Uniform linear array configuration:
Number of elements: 16
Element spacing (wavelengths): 0.75
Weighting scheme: kaiser
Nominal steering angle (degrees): -45
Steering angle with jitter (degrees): -45.453
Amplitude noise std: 0.05
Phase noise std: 0.05

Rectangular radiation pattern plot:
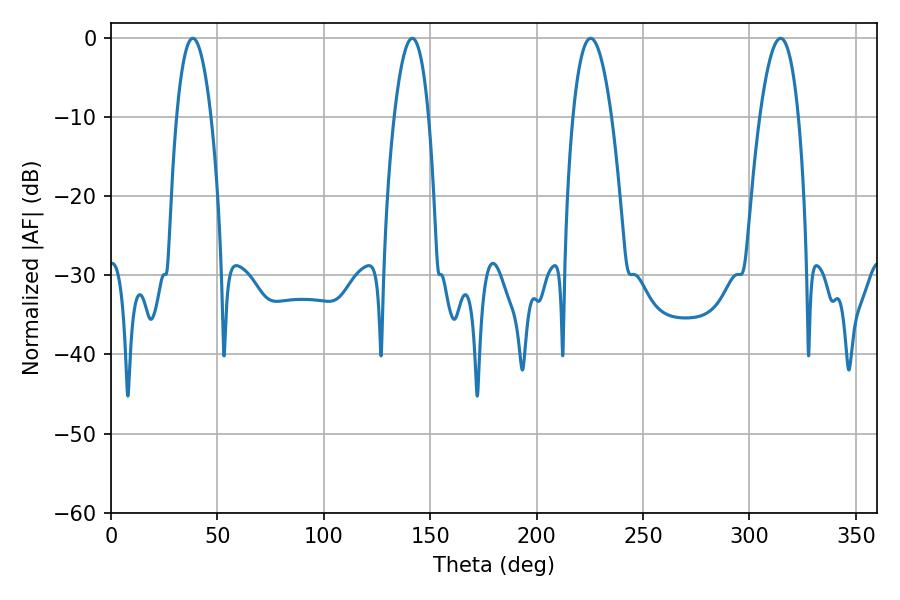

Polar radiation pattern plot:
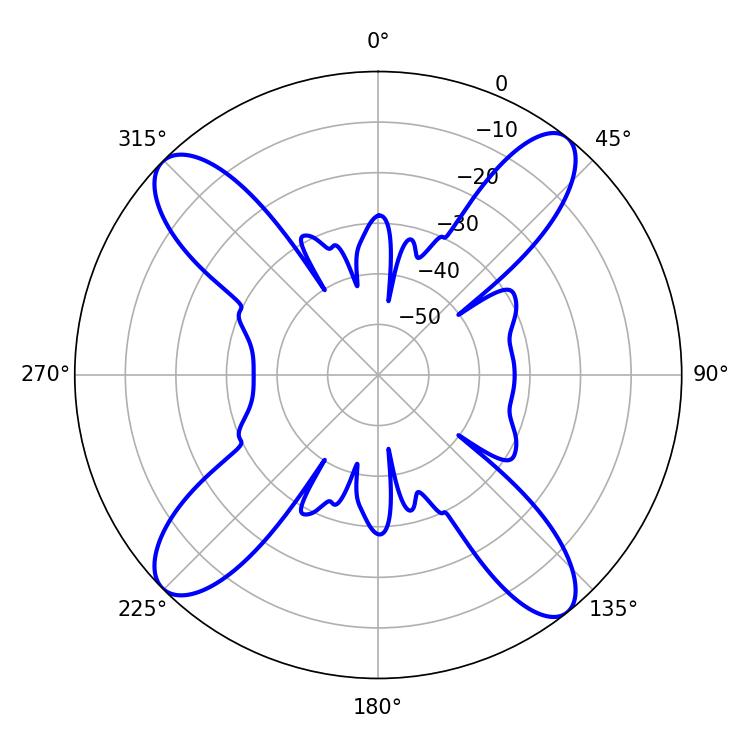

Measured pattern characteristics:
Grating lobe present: TRUE
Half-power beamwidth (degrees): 10.08
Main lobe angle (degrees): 225.36